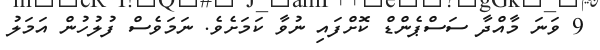
9 ވަނަ މާއްދާ ސަސްޕެންޑް ކޮށްފައި ނުވާ ކަމަށެވެ. ނަމަވެސް ފުލުހުން އަމަލު